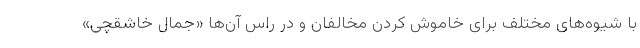
با شیوه‌های مختلف برای خاموش کردن مخالفان و در راس آن‌ها «جمال خاشقچی»